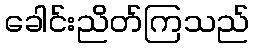
ခေါင်းညိတ်ကြသည်